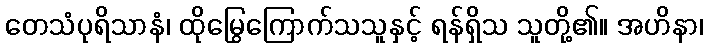
တေသံပုရိသာနံ၊ ထိုမြွေကြောက်သသူနှင့် ရန်ရှိသ သူတို့၏။ အဟိနာ၊